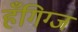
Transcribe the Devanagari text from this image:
हँगिग्ज